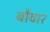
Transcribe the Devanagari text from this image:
बौवार